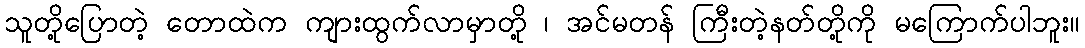
သူတို့ပြောတဲ့ တောထဲက ကျားထွက်လာမှာတို့ ၊ အင်မတန် ကြီးတဲ့နတ်တို့ကို မကြောက်ပါဘူး။